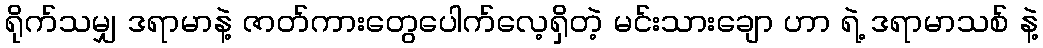
ရိုက်သမျှ ဒရာမာနဲ့ ဇာတ်ကားတွေပေါက်လေ့ရှိတဲ့ မင်းသားချော ဟာ ရဲ့ ဒရာမာသစ် နဲ့